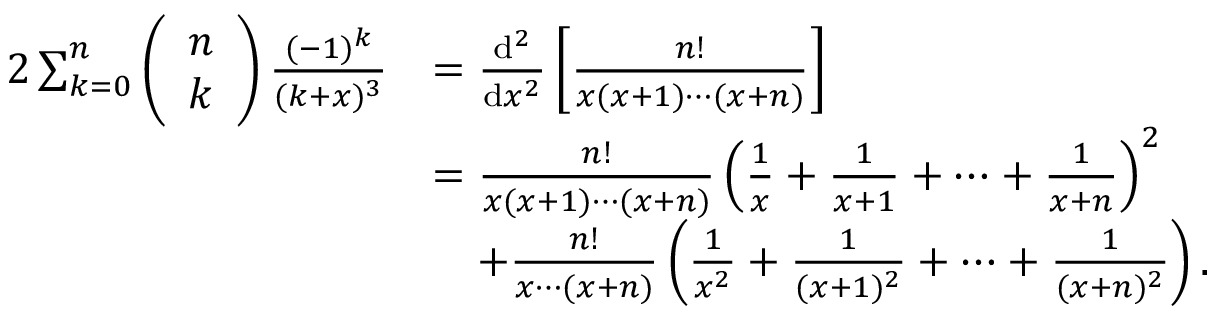
\begin{array} { r l } { 2 \sum _ { k = 0 } ^ { n } \left( \begin{array} { l } { n } \\ { k } \end{array} \right) \frac { ( - 1 ) ^ { k } } { ( k + x ) ^ { 3 } } } & { = \frac { \mathrm { d } ^ { 2 } } { \mathrm { d } x ^ { 2 } } \left[ \frac { n ! } { x ( x + 1 ) \cdots ( x + n ) } \right] } \\ & { = \frac { n ! } { x ( x + 1 ) \cdots ( x + n ) } \left( \frac { 1 } { x } + \frac { 1 } { x + 1 } + \cdots + \frac { 1 } { x + n } \right) ^ { 2 } } \\ & { \quad + \frac { n ! } { x \cdots ( x + n ) } \left( \frac { 1 } { x ^ { 2 } } + \frac { 1 } { ( x + 1 ) ^ { 2 } } + \cdots + \frac { 1 } { ( x + n ) ^ { 2 } } \right) . } \end{array}